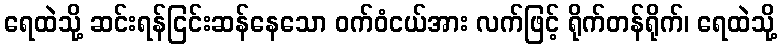
ရေထဲသို့ ဆင်းရန်ငြင်းဆန်နေသော ဝက်ဝံငယ်အား လက်ဖြင့် ရိုက်တန်ရိုက်၊ ရေထဲသို့